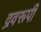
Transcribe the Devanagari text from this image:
द्रवरूपी